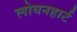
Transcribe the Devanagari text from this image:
लोयनहार्ट